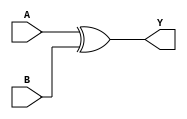
module xor_delay (
    input wire A,
    input wire B,
    output reg Y
);

reg D;

always @ (A or B or D)
begin
    D <= A ^ B;
    Y <= D;
end

endmodule